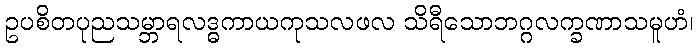
ဥပစိတပုညသမ္ဘာရလဒ္ဓကာယကုသလဖလ သိရီသောဘဂ္ဂလက္ခဏာသမူဟံ၊